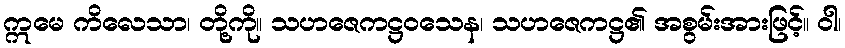
ဣမေ ကိလေသာ၊ တို့ကို။ သဟဇေကဋ္ဌဝသေန၊ သဟဇေကဋ္ဌ၏ အစွမ်းအားဖြင့်။ ဝါ၊